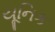
યૂનિક